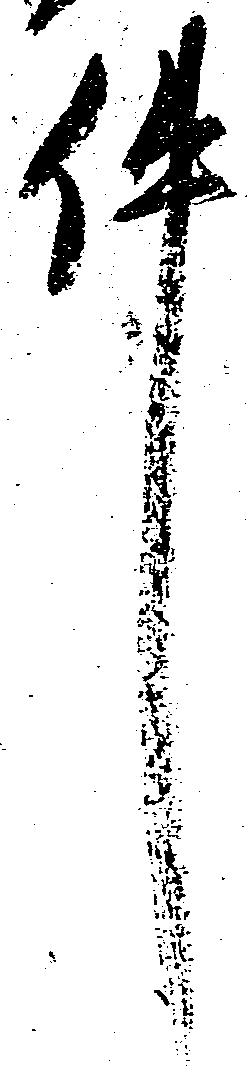
件